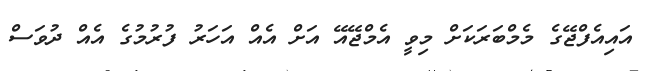
އައިއެފްޖޭގެ މެމްބަރަކަށް މިވީ އެމްޖޭއޭ އަށް އެއް އަހަރު ފުރުމުގެ އެއް ދުވަސް